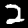
Label: 2